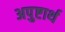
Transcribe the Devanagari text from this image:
अपुष्टार्थ